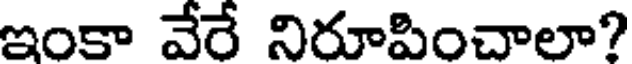
ఇంకా వేరే నిరూపించాలా?